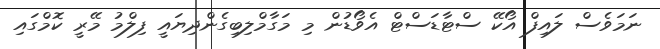
ނަމަވެސް ލައިފް އޯކޭ ސްޓާޑަސްޓް އެވޯޑުން މި މަގާމްލިބިގެންދިޔައީ ފިލްމު މޭރީ ކޮމްގައި